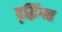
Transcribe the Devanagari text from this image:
वृद्घिंगत